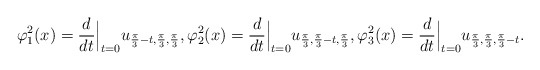
\begin{align*}\varphi_1^2(x) &= \frac{d}{d t}\Big|_{t=0} u_{\frac{\pi}{3}-t, \frac{\pi}{3}, \frac{\pi}{3}}, \varphi_2^2(x) = \frac{d}{d t}\Big|_{t=0} u_{\frac{\pi}{3}, \frac{\pi}{3}-t, \frac{\pi}{3}},\varphi_3^2(x) = \frac{d}{d t}\Big|_{t=0} u_{\frac{\pi}{3}, \frac{\pi}{3}, \frac{\pi}{3}-t}. \end{align*}